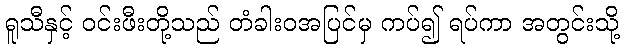
ရူသီနှင့် ဝင်းဖီးတို့သည် တံခါးဝအပြင်မှ ကပ်၍ ရပ်ကာ အတွင်းသို့